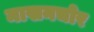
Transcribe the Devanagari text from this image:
माखनचोर